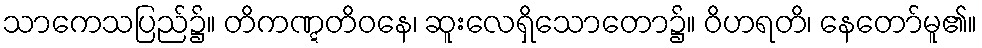
သာကေသပြည်၌။ တိကဏ္ဋတိဝနေ၊ ဆူးလေရှိသောတော၌။ ဝိဟရတိ၊ နေတော်မူ၏။